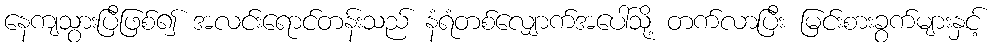
နေကျသွားပြီဖြစ်၍ အလင်းရောင်တန်းသည် နံရံတစ်လျှောက်အပေါ်သို့ တက်လာပြီး မြင်းစားခွက်များနှင့်